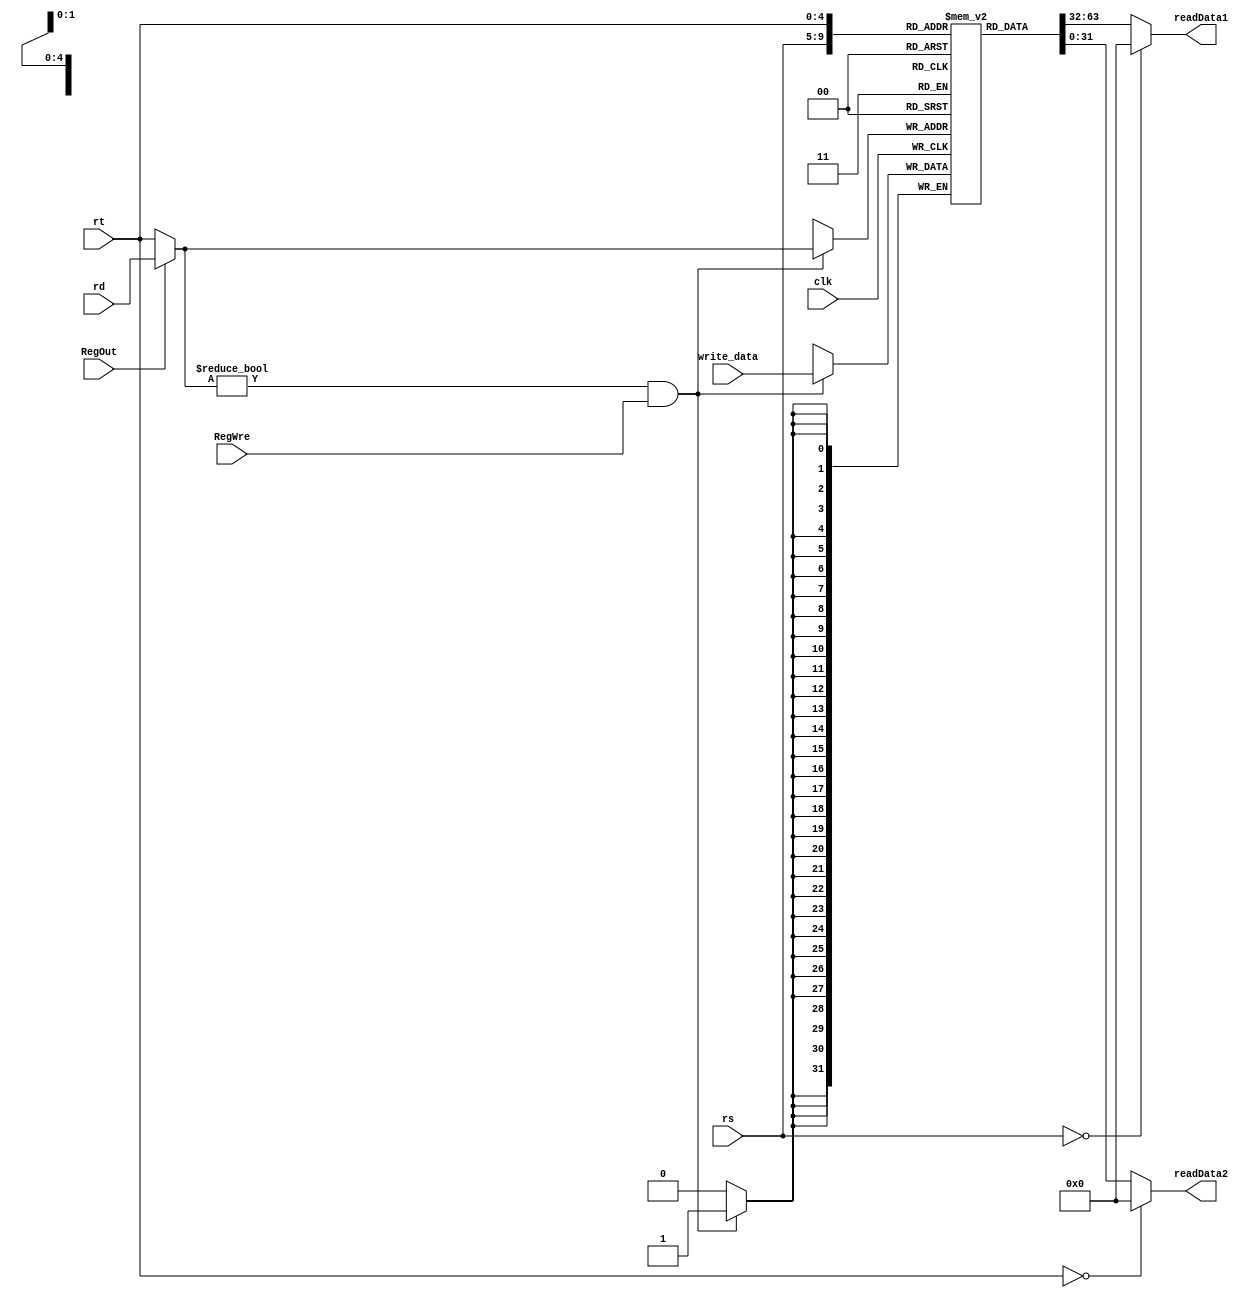
`timescale 1ns / 1ps
//////////////////////////////////////////////////////////////////////////////////
// Company: 
// Engineer: 
// 
// Design Name: 
// Module Name:    RegisterSet 
// Project Name: 
// Target Devices: 
// Tool versions: 
// Description: 
//
// Dependencies: 
//
// Revision: 
// Revision 0.01 - File Created
// Additional Comments: 
//
//////////////////////////////////////////////////////////////////////////////////
module RegisterSet(
	input[4:0]   rs,rt,rd,
    input[31:0] write_data,
    input       RegWre,RegOut,clk,  
    output[31:0] readData1,readData2
	);
	
	wire[4:0] addr;
    assign addr = (RegOut == 0) ? rt : rd;

    reg[31:0]  register [1:31];
    integer i;
    initial
	    begin
	      for (i = 0; i < 32; i = i + 1)
	        register[i] = 0;
	    end

    assign readData1 = (rs == 0)? 0 : register[rs]; 
    assign readData2 = (rt == 0)? 0 : register[rt]; 

    always @(posedge clk) 
	    begin
            if ((addr != 0) && (RegWre == 1))
            	register[addr] <= write_data;
	    end


endmodule